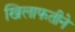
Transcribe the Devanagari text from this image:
खिलाफतीने